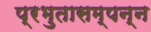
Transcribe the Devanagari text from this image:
प्रभुतासम्पन्न